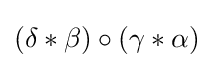
(\delta *\beta )\circ (\gamma *\alpha )